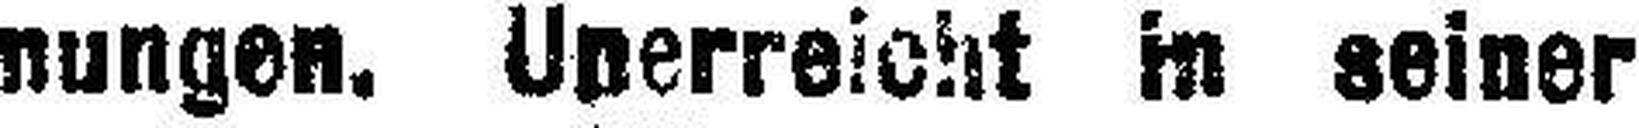
nungen. Unerreicht in seiner